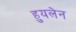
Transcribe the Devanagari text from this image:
हुयलेन